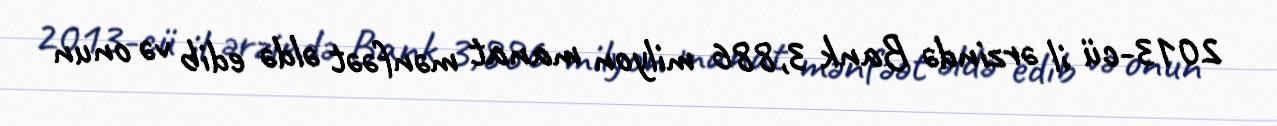
2013-cü il ərzində Bank 3,886 milyon manat mənfəət əldə edib və onun